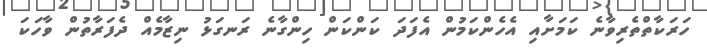
ހަރަކާތްތެރިވާނެ ކަމަށާއި އެހެންކަމުން އެފަދަ ކަންކަން ހިންގާނެ ރަނގަޅު ނިޒާމެއް ދެފަރާތުން ވާހަކަ